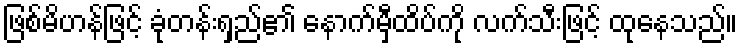
ဖြစ်မိဟန်ဖြင့် ခုံတန်းရှည်၏ နောက်မှီထိပ်ကို လက်သီးဖြင့် ထုနေသည်။